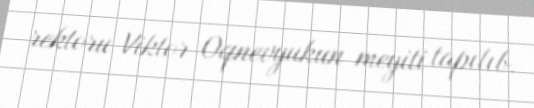
rektoru Viktor Oqnevyukun meyiti tapılıb.